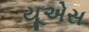
યૂએસ